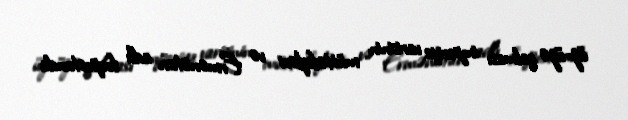
üz-üzə qalması imperiya varisinin müttəfiqləri və Ermənistan adlı forpostunda